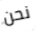
نحن